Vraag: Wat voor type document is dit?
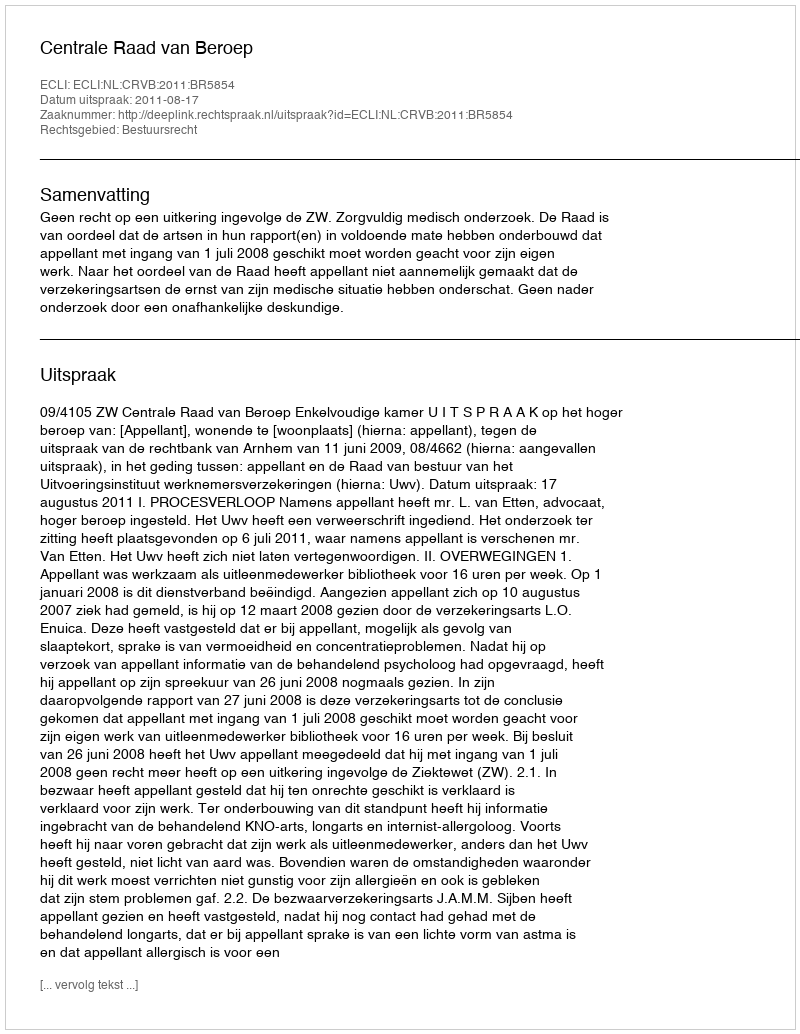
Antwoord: Uitspraak